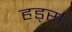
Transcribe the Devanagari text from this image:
हर्ड्स